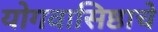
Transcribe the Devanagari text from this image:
योगवासिष्ठाचे